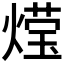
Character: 𮳶